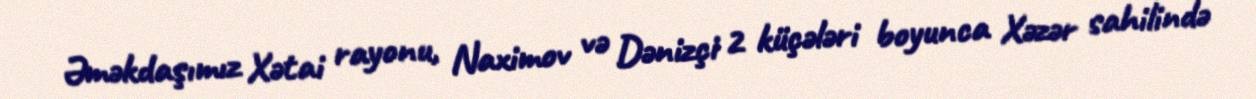
Əməkdaşımız Xətai rayonu, Naximov və Dənizçi 2 küçələri boyunca Xəzər sahilində